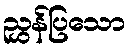
ညွှန်ပြသော